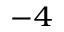
^ { - 4 }